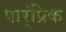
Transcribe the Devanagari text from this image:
पार्ंप्रिक